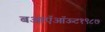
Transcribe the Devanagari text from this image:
बआऍऑऊट१९८७